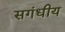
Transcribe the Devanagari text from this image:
सगंधीय